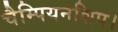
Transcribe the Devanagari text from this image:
चैम्पियनशिप।